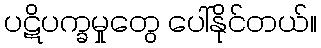
ပဋိပက္ခမှုတွေ ပေါ်နိုင်တယ်။